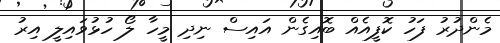
މެންދުރު ފަހު ކޮފީއެއް ބޮއިގެން އައިސް ނިދި މީހާ ލޯ ހުޅުވައިލީ އިރު